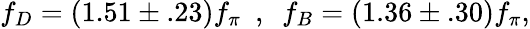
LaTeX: f_{D}=(1.51\pm.23)f_{\pi}\ \ ,\ \ f_{B}=(1.36\pm.30)f_{\pi},